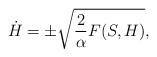
LaTeX: \begin{align*}\dot H = \pm \sqrt{{2\over \alpha} F(S,H)},\end{align*}